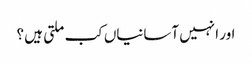
اور انہیں آسانیاں کب ملتی ہیں ؟